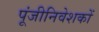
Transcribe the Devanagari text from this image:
पूंजीनिवेशकों